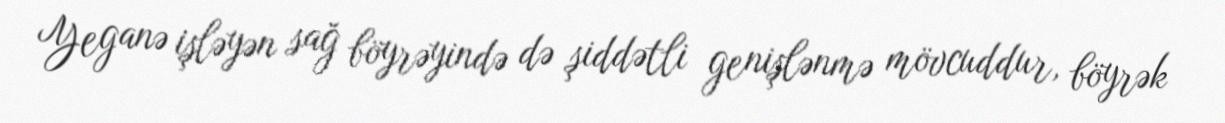
Yeganə işləyən sağ böyrəyində də şiddətli genişlənmə mövcuddur, böyrək